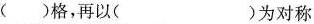
()格，再以()为对称